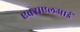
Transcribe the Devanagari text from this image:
एक्सएलआई